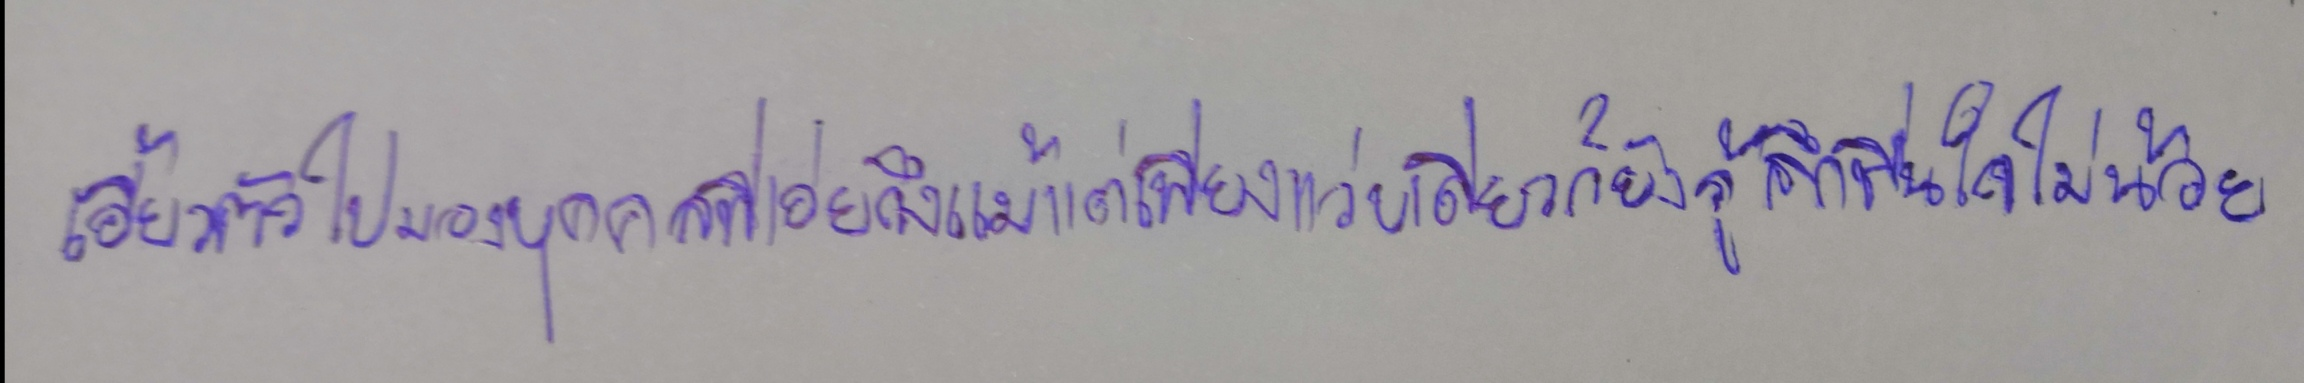
เอี้ยวตัวไปมองบุคคลที่เอ่ยถึงแม้แต่เพียงแว่บเดียวก็ยังรู้สึกชื่นใจไม่น้อย